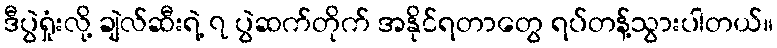
ဒီပွဲရှုံးလို့ ချဲလ်ဆီးရဲ့ ၇ ပွဲဆက်တိုက် အနိုင်ရတာတွေ ရပ်တန့်သွားပါတယ်။